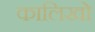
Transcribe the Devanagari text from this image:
कालिखो